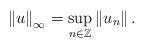
LaTeX: \begin{align*}\left\| u\right\| _{\infty}=\sup_{n\in\mathbb{Z}}\left\| u_n \right\| .\end{align*}